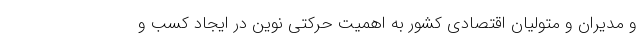
و مدیران و متولیان اقتصادی کشور به اهمیت حرکتی نوین در ایجاد کسب و